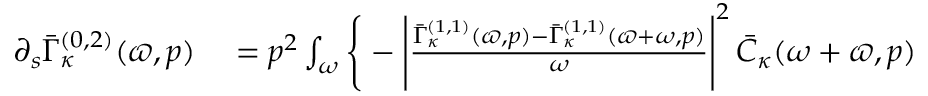
\begin{array} { r l } { \partial _ { s } \bar { \Gamma } _ { \kappa } ^ { ( 0 , 2 ) } ( \varpi , p ) } & { { } = p ^ { 2 } \int _ { \omega } \Bigg \{ - \Bigg | \frac { \bar { \Gamma } _ { \kappa } ^ { ( 1 , 1 ) } ( \varpi , p ) - \bar { \Gamma } _ { \kappa } ^ { ( 1 , 1 ) } ( \varpi + \omega , p ) } { \omega } \Bigg | ^ { 2 } \, \bar { C } _ { \kappa } ( \omega + \varpi , p ) } \end{array}